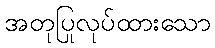
အတုပြုလုပ်ထားသော